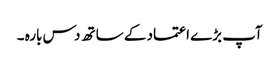
آپ بڑے اعتماد کے ساتھ دس بارہ ۔